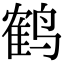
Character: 鹤